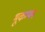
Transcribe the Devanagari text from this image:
भूकम्पन